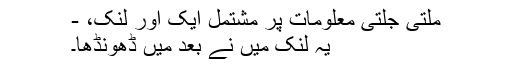
ملتی جلتی معلومات پر مشتمل ایک اور لنک، -
یہ لنک میں نے بعد میں ڈھونڈھا۔